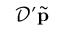
\mathcal { D } ^ { \prime } \tilde { \mathbf { p } }